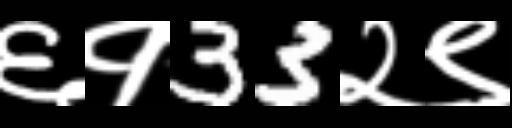
Text: ६१33२९